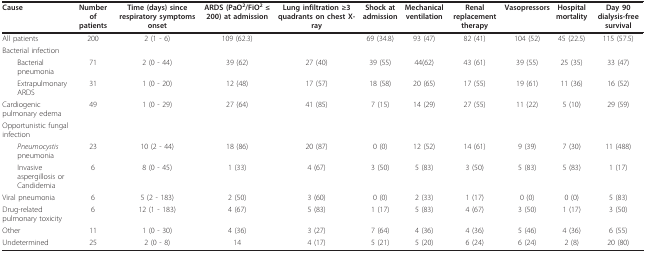
<table><thead><tr><td><b>Cause</b></td><td><b>Number of patients</b></td><td><b>Time (days) since respiratory symptoms onset</b></td><td><b>ARDS (PaO<sup>2</sup>/FiO<sup>2 </sup>≤ 200) at admission</b></td><td><b>Lung infiltration ≥3 quadrants on chest X-ray</b></td><td><b>Shock at admission</b></td><td><b>Mechanical ventilation</b></td><td><b>Renal replacement therapy</b></td><td><b>Vasopressors</b></td><td><b>Hospital mortality</b></td><td><b>Day 90 dialysis-free survival</b></td></tr></thead><tbody><tr><td>All patients</td><td>200</td><td>2 (1 - 6)</td><td>109 (62.3)</td><td></td><td>69 (34.8)</td><td>93 (47)</td><td>82 (41)</td><td>104 (52)</td><td>45 (22.5)</td><td>115 (57.5)</td></tr><tr><td>Bacterial infection</td><td></td><td></td><td></td><td></td><td></td><td></td><td></td><td></td><td></td><td></td></tr><tr><td> Bacterial pneumonia</td><td>71</td><td>2 (0 - 44)</td><td>39 (62)</td><td>27 (40)</td><td>39 (55)</td><td>44(62)</td><td>43 (61)</td><td>39 (55)</td><td>25 (35)</td><td>33 (47)</td></tr><tr><td> Extrapulmonary ARDS</td><td>31</td><td>1 (0 - 20)</td><td>12 (48)</td><td>17 (57)</td><td>18 (58)</td><td>20 (65)</td><td>17 (55)</td><td>19 (61)</td><td>11 (36)</td><td>16 (52)</td></tr><tr><td>Cardiogenic pulmonary edema</td><td>49</td><td>1 (0 - 29)</td><td>27 (64)</td><td>41 (85)</td><td>7 (15)</td><td>14 (29)</td><td>27 (55)</td><td>11 (22)</td><td>5 (10)</td><td>29 (59)</td></tr><tr><td>Opportunistic fungal infection</td><td></td><td></td><td></td><td></td><td></td><td></td><td></td><td></td><td></td><td></td></tr><tr><td> <i>Pneumocystis </i>pneumonia</td><td>23</td><td>10 (2 - 44)</td><td>18 (86)</td><td>20 (87)</td><td>0 (0)</td><td>12 (52)</td><td>14 (61)</td><td>9 (39)</td><td>7 (30)</td><td>11 (488)</td></tr><tr><td> Invasive aspergillosis or Candidemia</td><td>6</td><td>8 (0 - 45)</td><td>1 (33)</td><td>4 (67)</td><td>3 (50)</td><td>5 (83)</td><td>3 (50)</td><td>5 (83)</td><td>5 (83)</td><td>1 (17)</td></tr><tr><td>Viral pneumonia</td><td>6</td><td>5 (2 - 183)</td><td>2 (50)</td><td>3 (60)</td><td>0 (0)</td><td>2 (33)</td><td>1 (17)</td><td>0 (0)</td><td>0 (0)</td><td>5 (83)</td></tr><tr><td>Drug-related pulmonary toxicity</td><td>6</td><td>12 (1 - 183)</td><td>4 (67)</td><td>5 (83)</td><td>1 (17)</td><td>5 (83)</td><td>4 (67)</td><td>3 (50)</td><td>1 (17)</td><td>3 (50)</td></tr><tr><td>Other</td><td>11</td><td>1 (0 - 30)</td><td>4 (36)</td><td>3 (27)</td><td>7 (64)</td><td>4 (36)</td><td>4 (36)</td><td>5 (46)</td><td>4 (36)</td><td>6 (55)</td></tr><tr><td>Undetermined</td><td>25</td><td>2 (0 - 8)</td><td>14</td><td>4 (17)</td><td>5 (21)</td><td>5 (20)</td><td>6 (24)</td><td>6 (24)</td><td>2 (8)</td><td>20 (80)</td></tr></tbody></table>